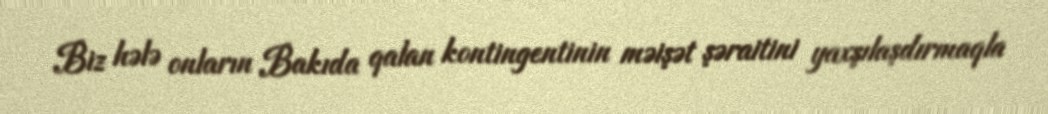
Biz hələ onların Bakıda qalan kontingentinin məişət şəraitini yaxşılaşdırmaqla